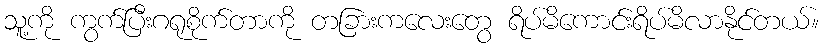
သူ့ကို ကွက်ပြီးဂရုစိုက်တာကို တခြားကလေးတွေ ရိပ်မိကောင်းရိပ်မိလာနိုင်တယ်။